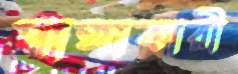
দাঙ্গাকারী